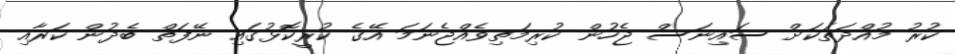
ކުރު މުއްދަތަކަށް ސައިނަސް ޖެހުން ކުރިމަތިވެއްޖެނަމަ އޭގެ ކުރީކޮޅުގައި ނޭފަތް ބެދުން ކަރާއި